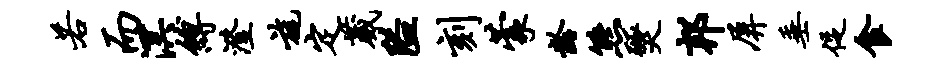
若而溟缚澄旄定葳隘刻蒙龄熊燹邦屏垂促食